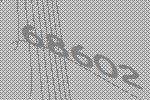
68602